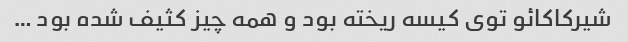
شیرکاکائو توی کیسه ریخته بود و همه چیز کثیف شده بود …